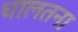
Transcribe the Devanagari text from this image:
घालतना